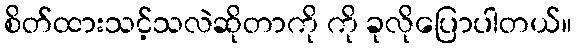
စိတ်ထားသင့်သလဲဆိုတာကို ကို ခုလိုပြောပါတယ်။